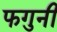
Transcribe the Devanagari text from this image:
फगुनी